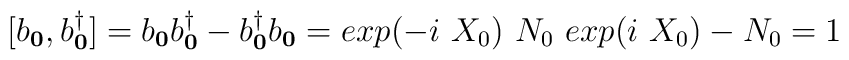
[b_{ {\bf{0}} }, b^{\dagger}_{ {\bf{0}} }] =b_{ {\bf{0}} }b^{\dagger}_{ {\bf{0}} } - b^{\dagger}_{ {\bf{0}} }b_{ {\bf{0}} } = exp(-i\mbox{ }X_{0})\mbox{  }N_{0}\mbox{  }exp(i\mbox{ }X_{0}) - N_{0} = 1